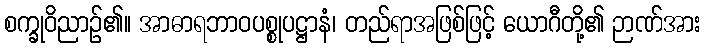
စက္ခုဝိညာဉ်၏။ အာဓာရဘာဝပစ္စုပဋ္ဌာနံ၊ တည်ရာအဖြစ်ဖြင့် ယောဂီတို့၏ ဉာဏ်အား